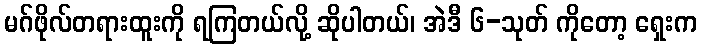
မဂ်ဖိုလ်တရားထူးကို ရကြတယ်လို့ ဆိုပါတယ်၊ အဲဒီ ၆-သုတ် ကိုတော့ ရှေးက